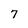
Character: 7